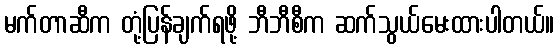
မက်တာဆီက တုံ့ပြန်ချက်ရဖို့ ဘီဘီစီက ဆက်သွယ်မေးထားပါတယ်။